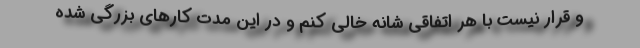
و قرار نیست با هر اتفاقی شانه خالی کنم و در این مدت کارهای بزرگی شده